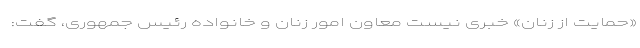
«حمایت از زنان» خبری نیست معاون امور زنان و خانواده رئیس جمهوری، گفت: